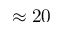
\approx 2 0